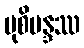
ပုစိမန္ဒဿ